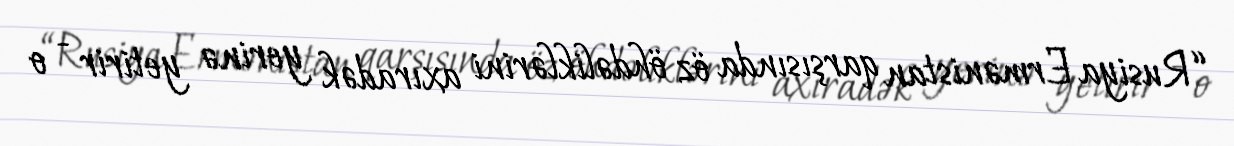
“Rusiya Ermənistan qarşısında öz öhdəliklərini axıradək yerinə yetirir - o